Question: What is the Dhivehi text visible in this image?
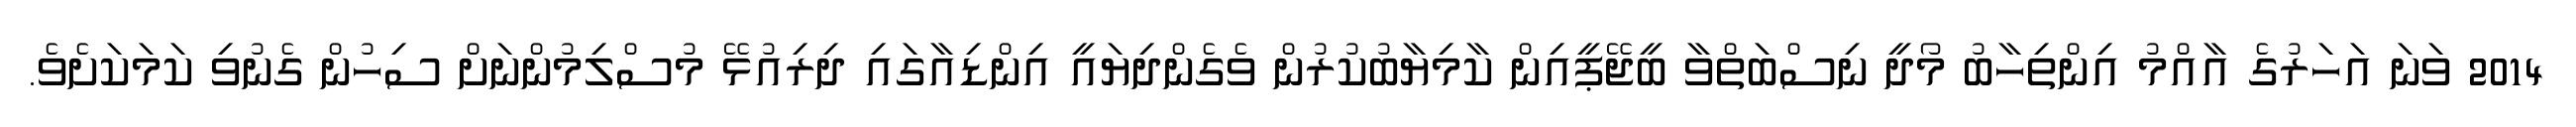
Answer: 2014 ވަނަ އަހަރުގެ އާއްމު އިންތިހާބު މޯދީ ނިސްބަތްވާ ބީޖޭޕީއިން ކާމިޔާބުކުރުން ވެގެންދިޔައީ އިންޑިއާގައި ދިރިއުޅޭ މުސްލިމުންނަށް ސިހުން ގެނުވި ކަމަކަށެވެ.